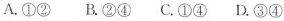
A.①② B.②④ C.①④ D.③④